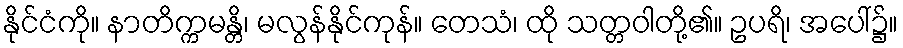
နိုင်ငံကို။ နာတိက္ကမန္တိ၊ မလွန်နိုင်ကုန်။ တေသံ၊ ထို သတ္တဝါတို့၏။ ဥပရိ၊ အပေါ်၌။